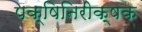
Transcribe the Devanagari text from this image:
पक्षिनिरीक्षक